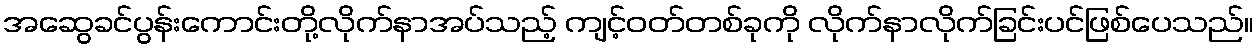
အဆွေခင်ပွန်းကောင်းတို့လိုက်နာအပ်သည့် ကျင့်ဝတ်တစ်ခုကို လိုက်နာလိုက်ခြင်းပင်ဖြစ်ပေသည်။